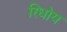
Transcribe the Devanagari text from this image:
रिधोय